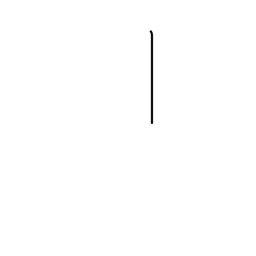
Meaning: rod radical (no. 2)